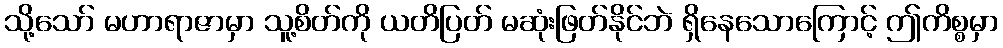
သို့သော် မဟာရာဇာမှာ သူ့စိတ်ကို ယတိပြတ် မဆုံးဖြတ်နိုင်ဘဲ ရှိနေသောကြောင့် ဤကိစ္စမှာ